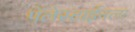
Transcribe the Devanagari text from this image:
पॅलेस्टाईनला